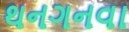
થનગનવા